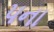
પના